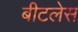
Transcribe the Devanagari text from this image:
बीटलेस